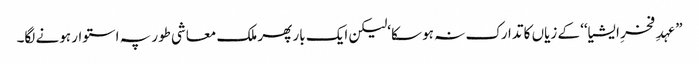
”عہدِ فخرِ ایشیا‘‘ کے زیاں کا تدارک نہ ہو سکا‘لیکن ایک بار پھر ملک معاشی طور پہ استوار ہونے لگا۔